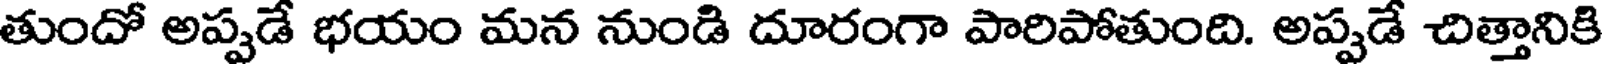
తుందో అప్పడే భయం మన నుండి దూరంగా పారిపోతుంది. అప్పడే చిత్తానికి